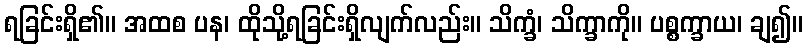
ရခြင်းရှိ၏။ အထစ ပန၊ ထိုသို့ရခြင်းရှိလျက်လည်း။ သိက္ခံ၊ သိက္ခာကို။ ပစ္စက္ခာယ၊ ချ၍။